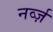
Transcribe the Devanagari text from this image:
नर्व्ज़